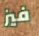
فيز